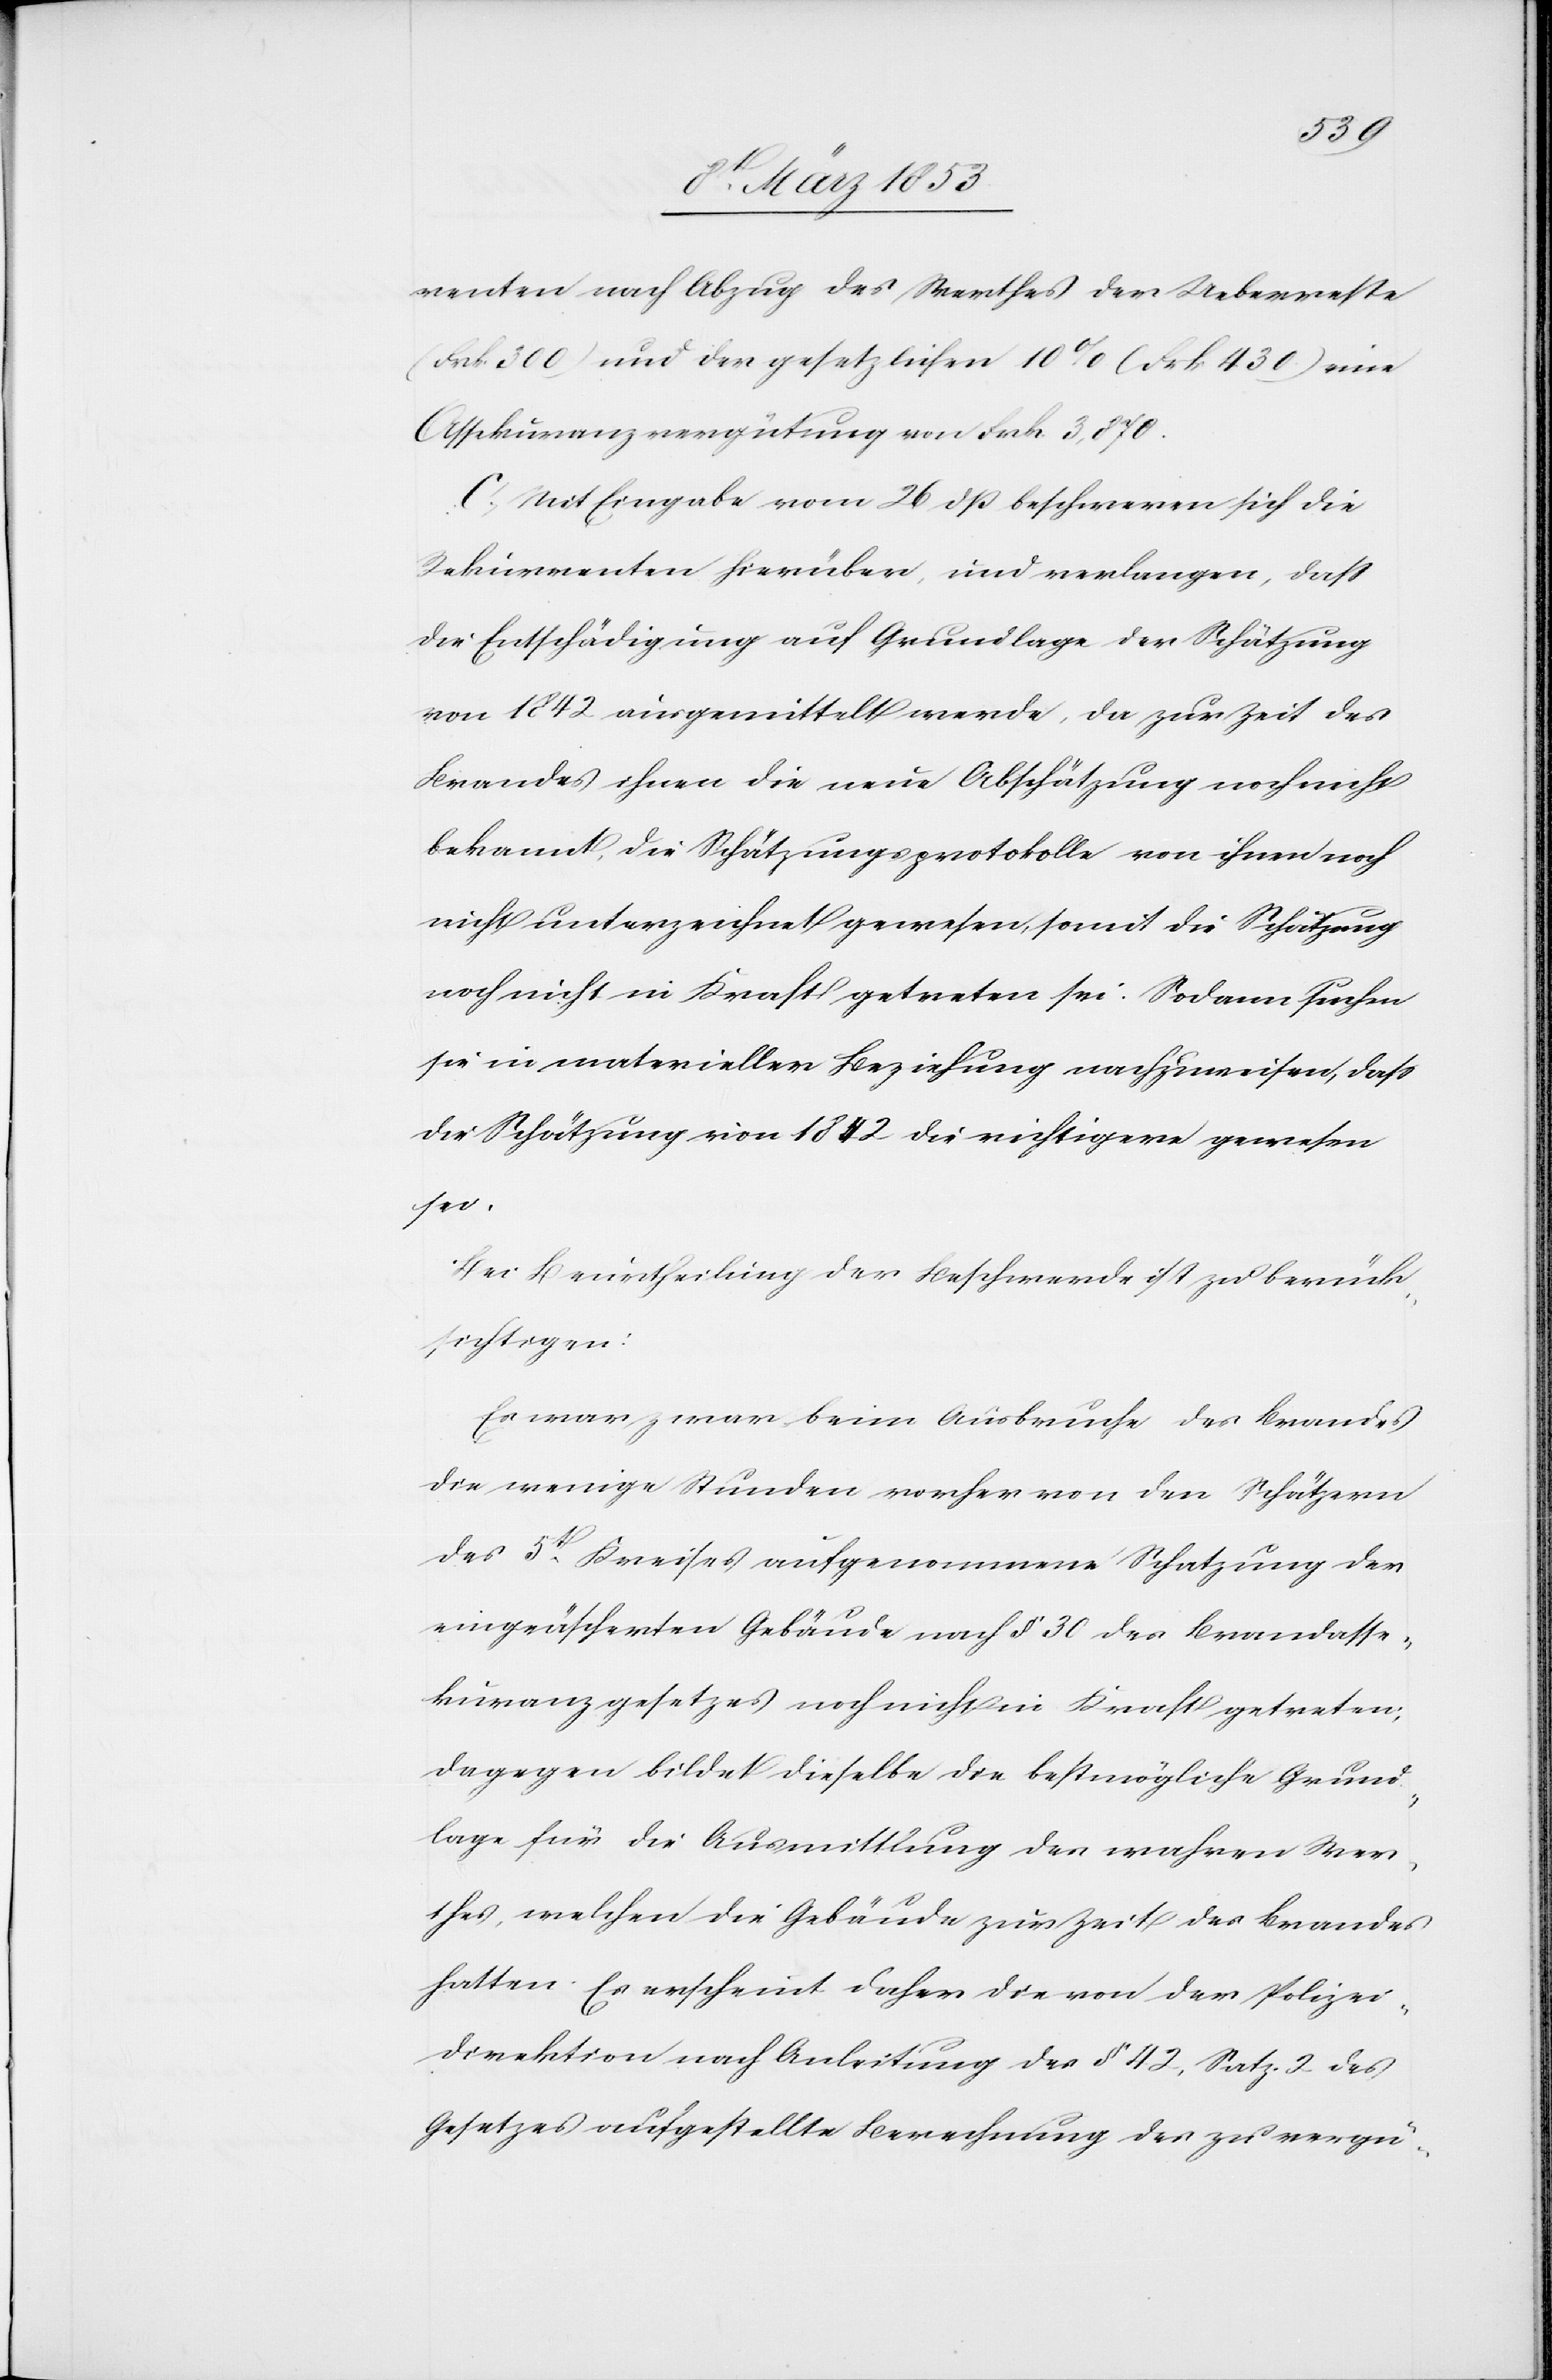
renten nach Abzug des Werthes der Ueberreste
(Frk. 300) und der gesetzlichen 10% (Frk. 430) eine
Assekuranzvergütung von Frk. 3, 870.
C, Mit Eingabe vom 26 dß beschweren sich die
Rekurrenten hierüber, und verlangen, daß
die Entschädigung auf Grundlage der Schätzung
von 1842 ausgemittelt werde, da zur Zeit des
Brandes ihnen die neue Abschätzung noch nicht
bekannt, die Schätzungsprotokolle von ihnen noch
nicht unterzeichnet gewesen, somit die Schätzung
noch nicht in Kraft getreten sei. Sodann suchen
sie in materieller Beziehung nachzuweisen, daß
die Schätzung von 1842 die richtigere gewesen
sei.
Bei Beurtheilung der Beschwerde ist zu berück¬
sichtigen:
Es war zwar beim Ausbruche des Brandes
die wenige Stunden vorher von den Schätzern
des 5t. Kreises aufgenommene Schatzung der
eingeäscherten Gebäude nach § 30 des Brandasse¬
kuranzgesetzes noch nicht in Kraft getreten:
Dagegen bildet dieselbe die bestmögliche Grund¬
lage für die Ausmittlung des wahren Wer¬
thes, welchen die Gebäude zur Zeit des Brandes
hatten. Es erscheint daher die von der Polizei¬
direktion nach Anleitung der § 42, Satz. 2. des
Gesetzes aufgestellte Berechnung des zu vergü-